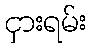
ငှားရမ်း